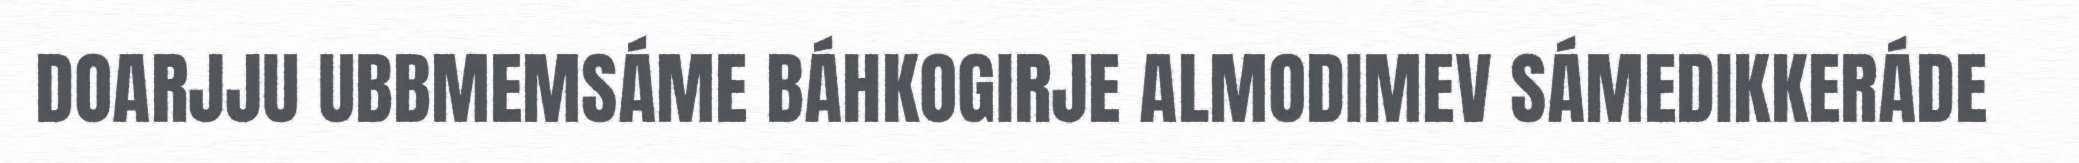
DOARJJU UBBMEMSÁME BÁHKOGIRJE ALMODIMEV SÁMEDIKKERÁDE